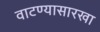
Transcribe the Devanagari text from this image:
वाटण्यासारखा